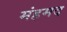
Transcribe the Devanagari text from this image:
मंहमद